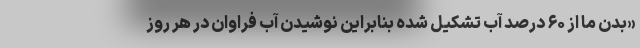
«بدن ما از ۶۰ درصد آب تشکیل شده بنابراین نوشیدن آب فراوان در هر روز